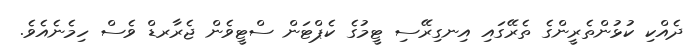
ދެއްކި ކުޅުންތެރީންގެ ތެރޭގައި އިނގިރޭސި ޓީމުގެ ކެޕްޓަން ސްޓީވެން ޖެރާރޑް ވެސް ހިމެނެއެވެ.